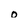
Character: o